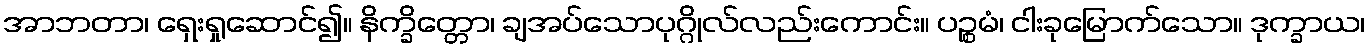
အာဘတာ၊ ရှေးရှုဆောင်၍။ နိက္ခိတ္တော၊ ချအပ်သောပုဂ္ဂိုလ်လည်းကောင်း။ ပဉ္စမံ၊ ငါးခုမြောက်သော။ ဒုက္ခာယ၊